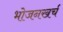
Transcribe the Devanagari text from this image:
भोजनखर्च